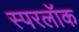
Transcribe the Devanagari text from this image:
स्परलॉक